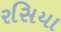
રસિયા